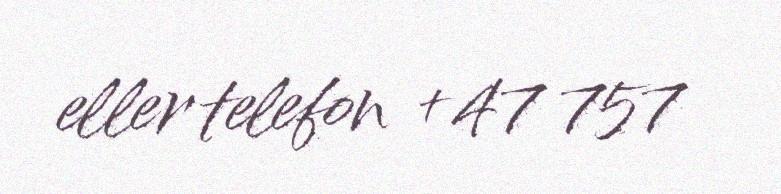
eller telefon +47 757